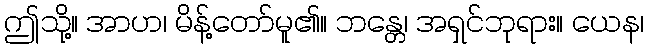
ဤသို့။ အာဟ၊ မိန့်တော်မူ၏။ ဘန္တေ၊ အရှင်ဘုရား။ ယေန၊